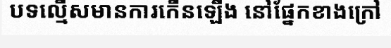
បទល្មើសមានការកើនឡើង នៅផ្នែកខាងក្រៅ